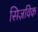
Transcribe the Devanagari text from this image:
सिज़विक